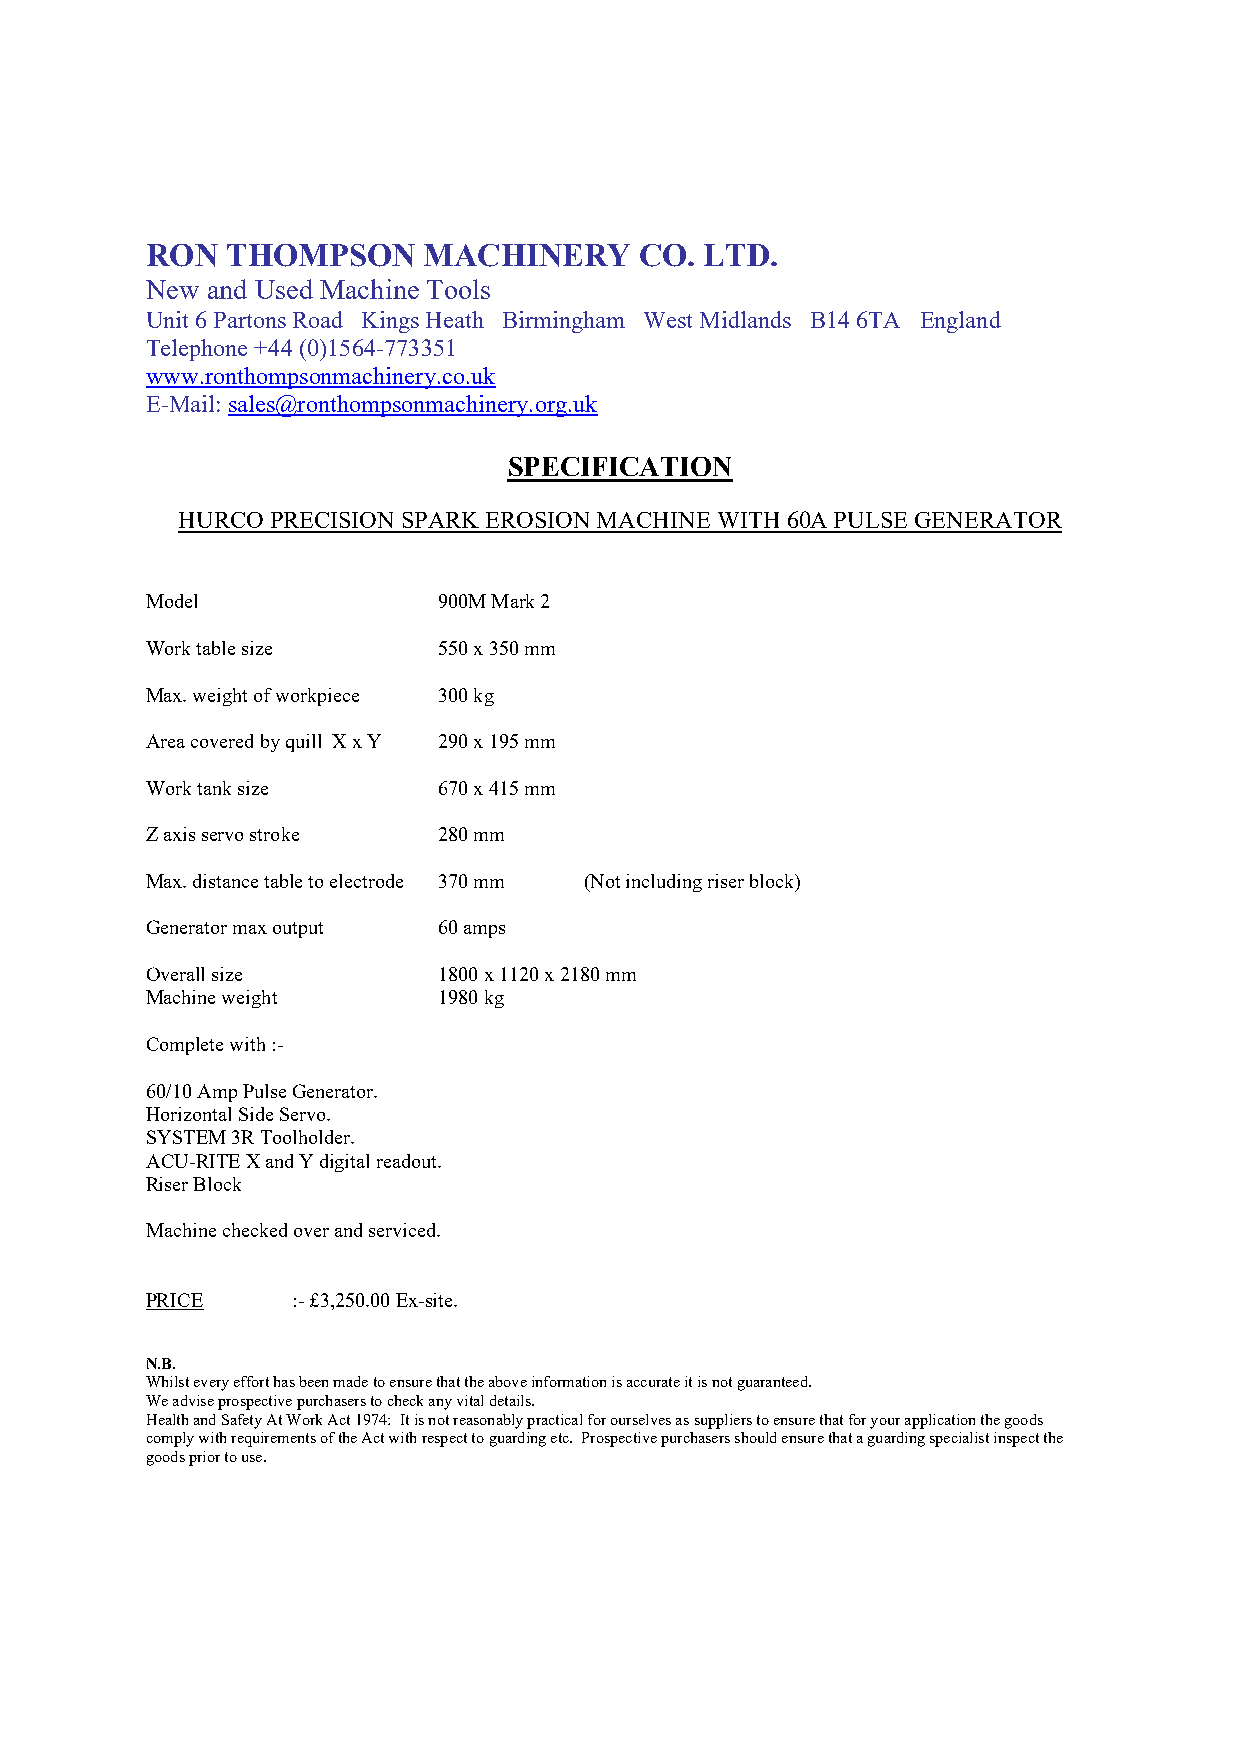
RON  THOMPSON     MACHINERY     CO.  LTD.
 New and Used Machine Tools
 Unit 6 Partons Road Kings Heath Birmingham West Midlands B14 6TA England
 Telephone +44 (0)1564-773351
 www.ronthompsonmachinery.co.uk
 E-Mail: sales@ronthompsonmachinery.org.uk
 SPECIFICATION
 HURCO PRECISION SPARK EROSION MACHINE WITH 60A PULSE GENERATOR
 Model              900M Mark 2
 Work table size    550 x 350 mm
 Max. weight of workpiece 300 kg
 Area covered by quill X x Y 290 x 195 mm
 Work tank size     670 x 415 mm
 Z axis servo stroke 280 mm
 Max. distance table to electrode 370 mm (Not including riser block)
 Generator max output 60 amps
 Overall size       1800 x 1120 x 2180 mm
 Machine weight     1980 kg
 Complete with :-
 60/10 Amp Pulse Generator.
 Horizontal Side Servo.
 SYSTEM 3R Toolholder.
 ACU-RITE X and Y digital readout.
 Riser Block
 Machine checked over and serviced.
 PRICE    :- £3,250.00 Ex-site.
 N.B.
 Whilst every effort has been made to ensure that the above information is accurate it is not guaranteed.
 We advise prospective purchasers to check any vital details.
 Health and Safety At Work Act 1974: It is not reasonably practical for ourselves as suppliers to ensure that for your application the goods
 comply with requirements of the Act with respect to guarding etc. Prospective purchasers should ensure that a guarding specialist inspect the
 goods prior to use.